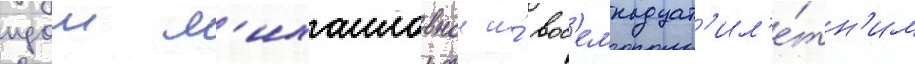
идои м'ихаиловнои и́ вос'емнадцат'ил'е́тн'им